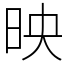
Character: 映